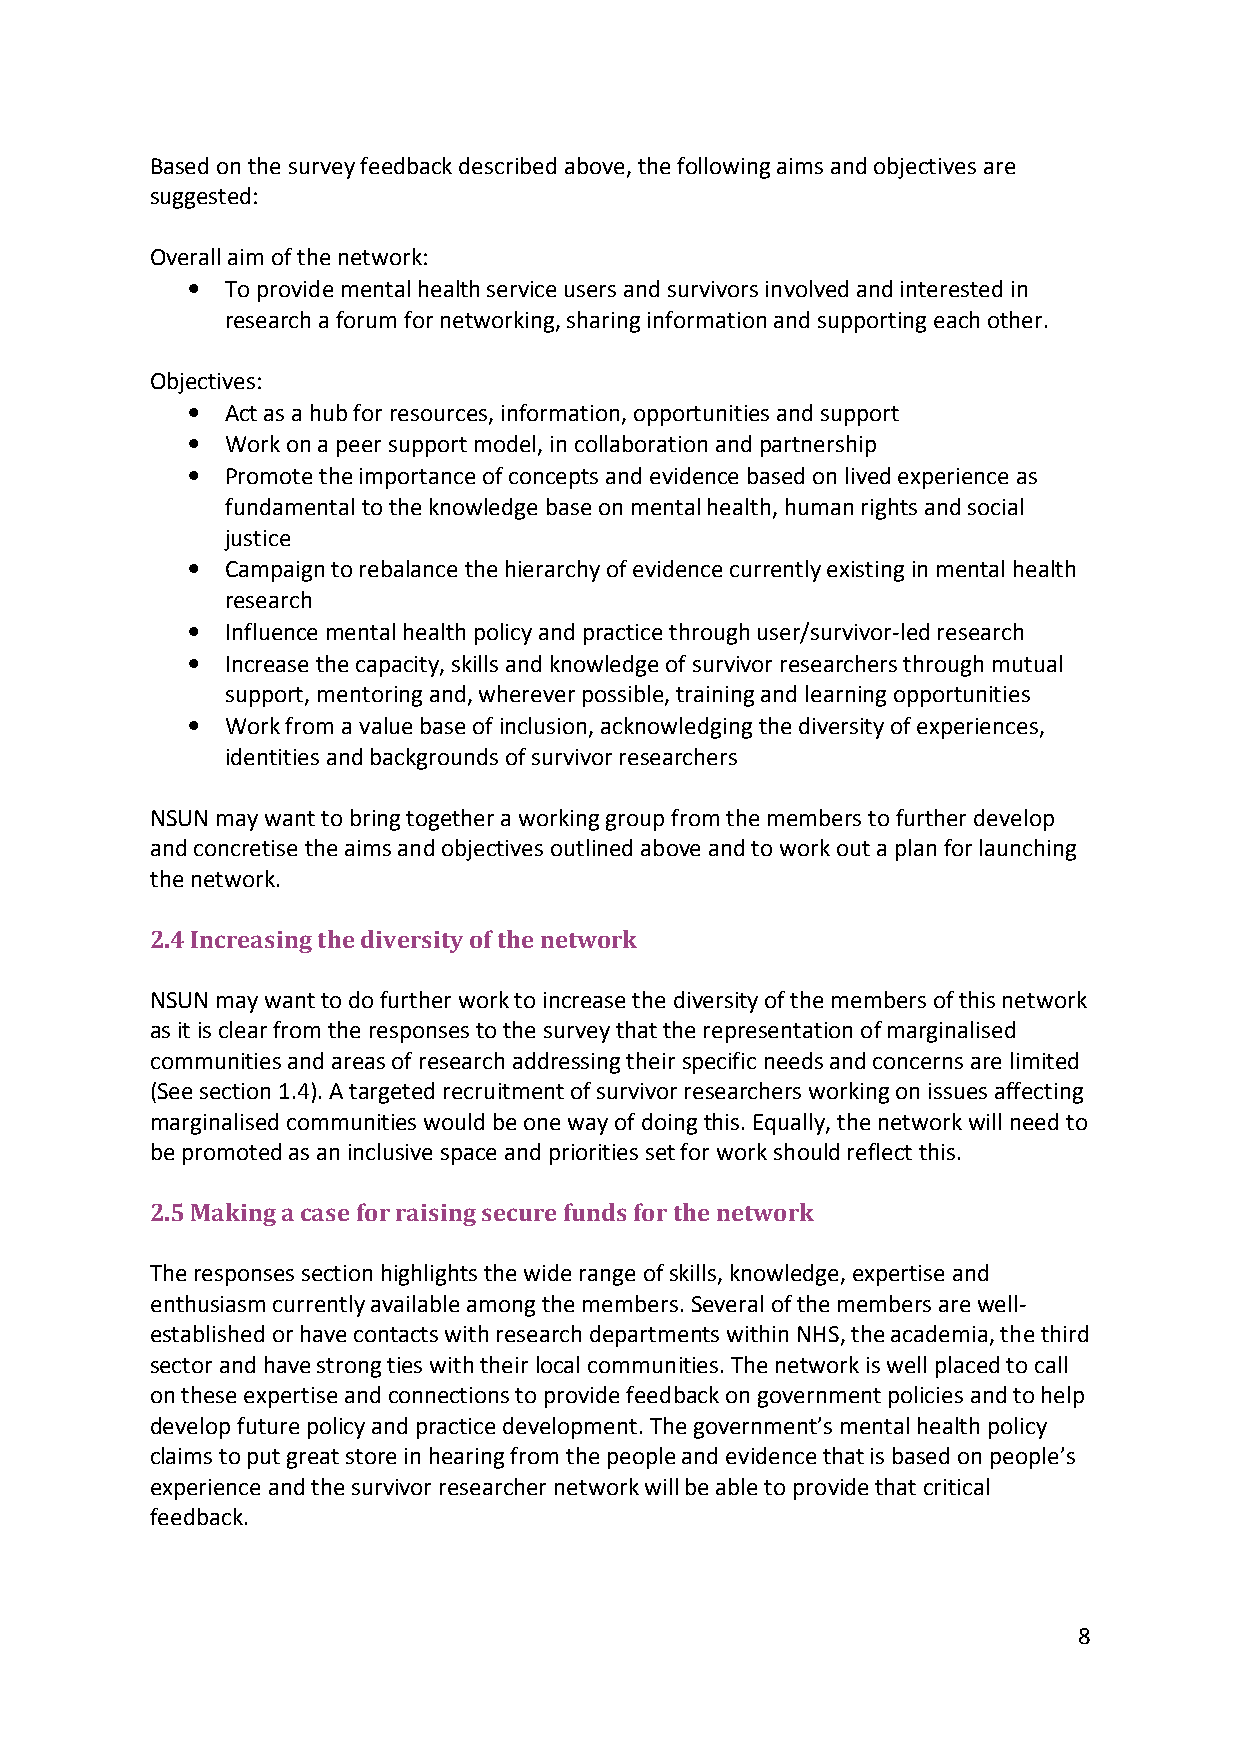
Based on the survey feedback described above, the following aims and objectives are
 suggested:
 Overall aim of the network:
 •  To provide mental health service users and survivors involved and interested in
 research a forum for networking, sharing information and supporting each other.
 Objectives:
 •  Act as a hub for resources, information, opportunities and support
 •  Work on a peer support model, in collaboration and partnership
 •  Promote the importance of concepts and evidence based on lived experience as
 fundamental to the knowledge base on mental health, human rights and social
 justice
 •  Campaign to rebalance the hierarchy of evidence currently existing in mental health
 research
 •  Influence mental health policy and practice through user/survivor-led research
 •  Increase the capacity, skills and knowledge of survivor researchers through mutual
 support, mentoring and, wherever possible, training and learning opportunities
 •  Work from a value base of inclusion, acknowledging the diversity of experiences,
 identities and backgrounds of survivor researchers
 NSUN may want to bring together a working group from the members to further develop
 and concretise the aims and objectives outlined above and to work out a plan for launching
 the network.
 2.4 Increasing the diversity of the network
 NSUN may want to do further work to increase the diversity of the members of this network
 as it is clear from the responses to the survey that the representation of marginalised
 communities and areas of research addressing their specific needs and concerns are limited
 (See section 1.4). A targeted recruitment of survivor researchers working on issues affecting
 marginalised communities would be one way of doing this. Equally, the network will need to
 be promoted as an inclusive space and priorities set for work should reflect this.
 2.5 Making a case for raising secure funds for the network
 The responses section highlights the wide range of skills, knowledge, expertise and
 enthusiasm currently available among the members. Several of the members are well-
 established or have contacts with research departments within NHS, the academia, the third
 sector and have strong ties with their local communities. The network is well placed to call
 on these expertise and connections to provide feedback on government policies and to help
 develop future policy and practice development. The government’s mental health policy
 claims to put great store in hearing from the people and evidence that is based on people’s
 experience and the survivor researcher network will be able to provide that critical
 feedback.
 8